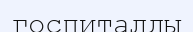
госпиталды